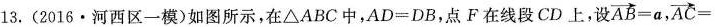
13. (2016·河西区-模)如图所示，在\triangle ABC中，AD=DB，点F在线段CD上，设 $$\overrightarrow{AB}=a$$， \overrightarrow{AC}=